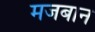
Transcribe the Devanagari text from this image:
मजबान